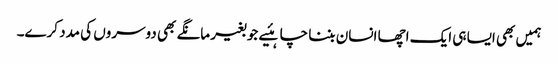
ہمیں بھی ایسا ہی ایک اچھا انسان بننا چاہئیے جو بغیر مانگے بھی دوسروں کی مدد کرے۔